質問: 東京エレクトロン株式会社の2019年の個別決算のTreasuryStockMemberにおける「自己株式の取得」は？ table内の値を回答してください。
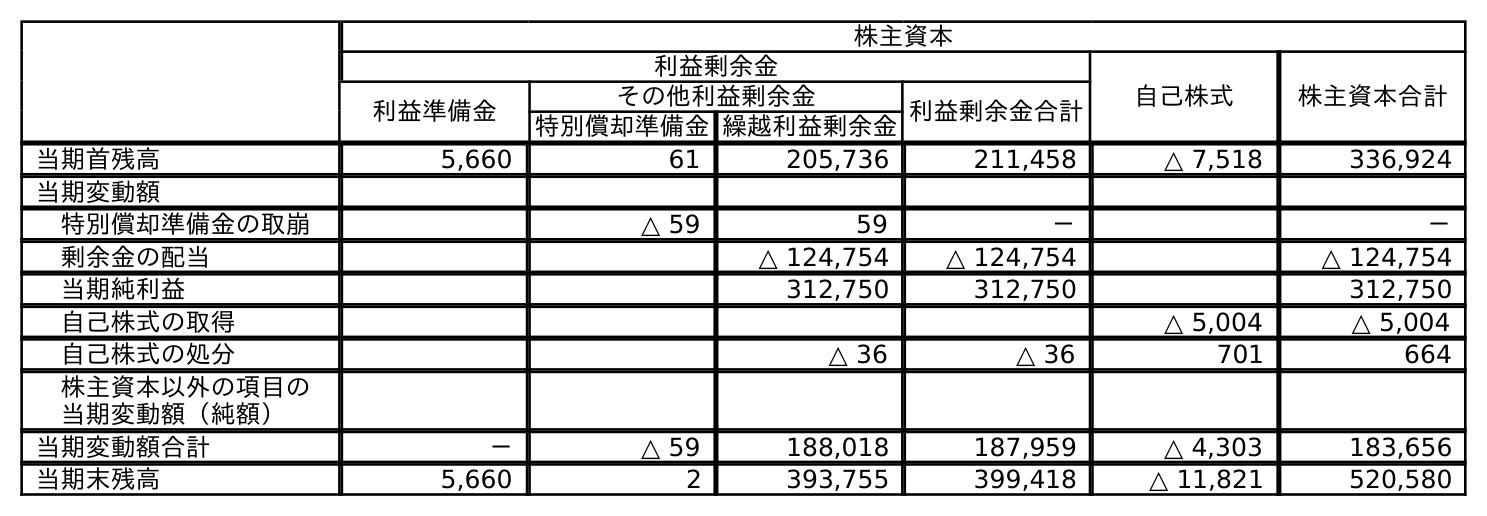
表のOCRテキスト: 株主資本 利益剰余金 自己株式 株主資本合計 利益準備金 その他利益剰余金 利益剰余金合計 特別償却準備金繰越利益剰余金 当期首残高 5,660 61 205,736 211,458 △ 7,518 336,924 当期変動額 特別償却準備金の取崩 △ 59 59 － － 剰余金の配当 △ 124,754 △ 124,754 △ 124,754 当期純利益 312,750 312,750 312,750 自己株式の取得 △ 5,004 △ 5,004 自己株式の処分 △ 36 △ 36 701 664 株主資本以外の項目の 当期変動額（純額） 当期変動額合計 － △ 59 188,018 187,959 △ 4,303 183,656 当期末残高 5,660 2 393,755 399,418 △ 11,821 520,580
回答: △5,004